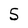
Character: S